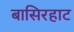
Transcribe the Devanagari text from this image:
बासिरहाट